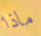
ماذا